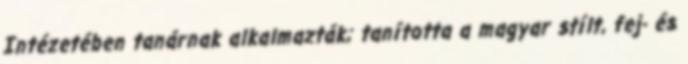
Intézetében tanárnak alkalmazták; tanította a magyar stílt, fej- és